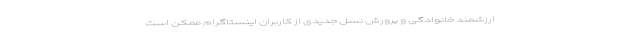
ارزشمند خانوادگی و پرورش نسل جدیدی از کاربران اینستاگرام ممکن است